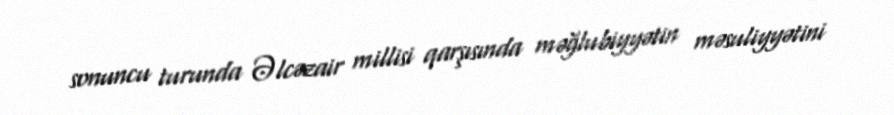
sonuncu turunda Əlcəzair millisi qarşısında məğlubiyyətin məsuliyyətini